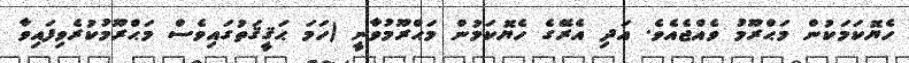
ހެޔޮކަމަކުން މަޙްރޫމު ވެއްޖެއެވެ. އަދި އެރޭގެ ހެޔޮކަމުން މަޙްރޫމުވާނީ (ހަމަ ޙަޤީޤަތުގައިވެސް މަޙްރޫމުކުރެވިފައިވާ